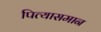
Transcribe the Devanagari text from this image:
पित्यासमान